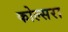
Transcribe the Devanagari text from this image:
कोल्‍सरा